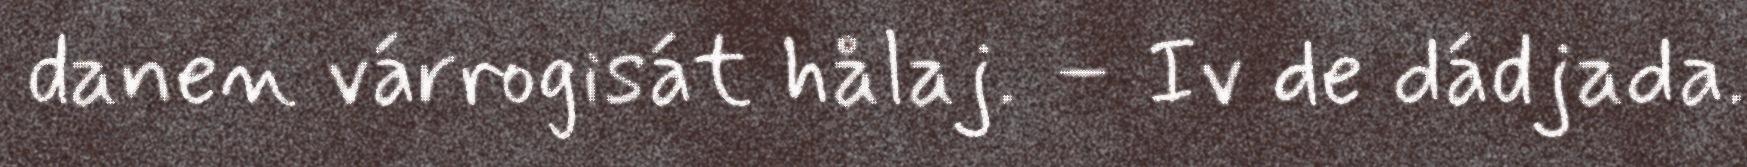
danen várrogisát hålaj. – Iv de dádjada.